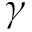
\gamma